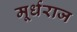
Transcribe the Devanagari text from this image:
मूर्धराज